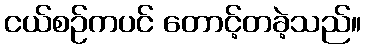
ငယ်စဉ်ကပင် တောင့်တခဲ့သည်။